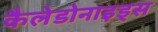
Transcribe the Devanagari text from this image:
कैलेडोनाइड्स